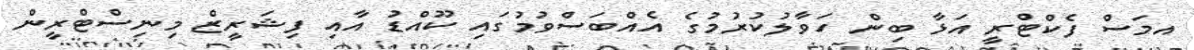
އމަސް ފެކްޓްރީ އަޅާ ބިން ހަވާލުކުރުމުގެ އެއްބަސްވުމުގައި ކޫއްޑު އާއި ފިޝަރީޒް މިނިސްޓްރީން